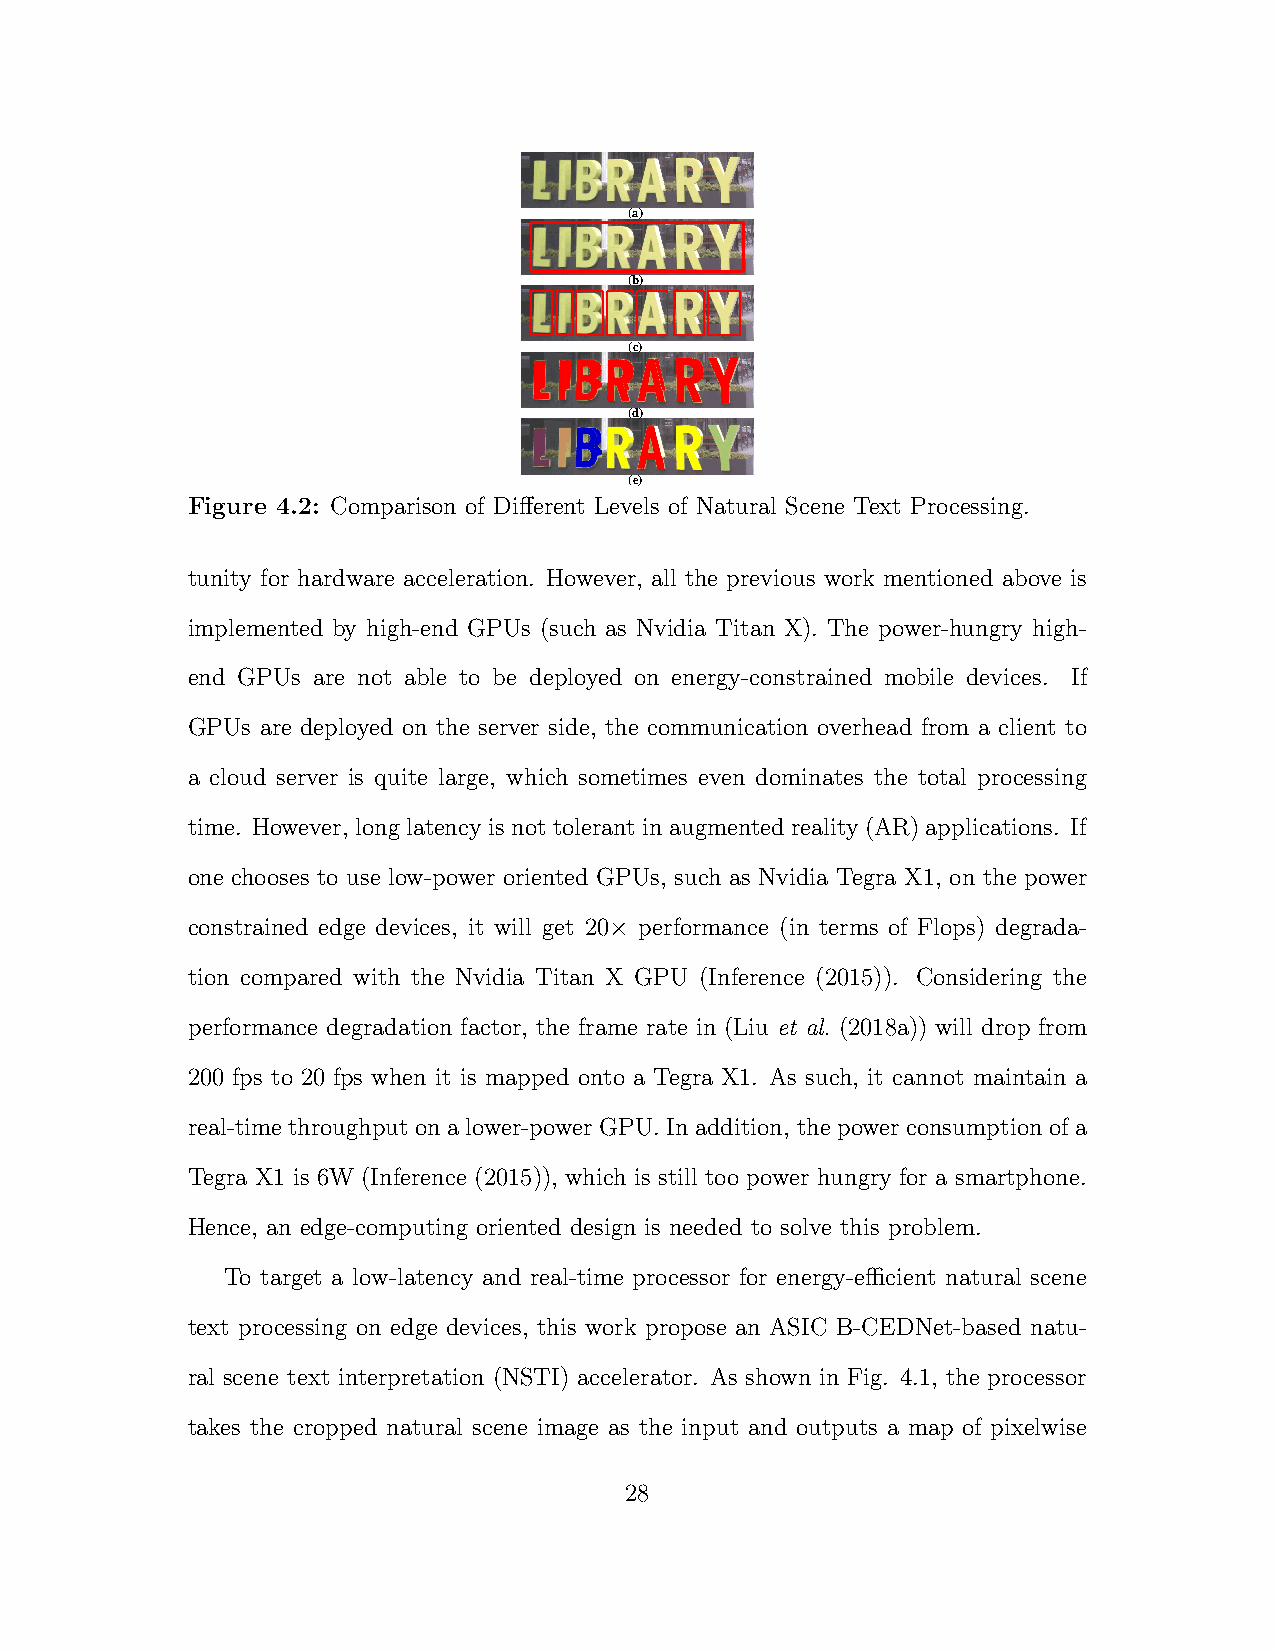
(a)
 (b)
 (c)
 (d)
 (e)
 Figure 4.2: Comparison of Different Levels of Natural Scene Text Processing.
 tunity for hardware acceleration. However, all the previous work mentioned above is
 implemented by high-end GPUs (such as Nvidia Titan X). The power-hungry high-
 end GPUs are not able to be deployed on energy-constrained mobile devices. If
 GPUs are deployed on the server side, the communication overhead from a client to
 a cloud server is quite large, which sometimes even dominates the total processing
 time. However, long latency isnottolerantinaugmentedreality(AR)applications. If
 one chooses to use low-power oriented GPUs, such as Nvidia Tegra X1, on the power
 constrained edge devices, it will get 20× performance (in terms of Flops) degrada-
 tion compared with the Nvidia Titan X GPU (Inference (2015)). Considering the
 performance degradation factor, the frame rate in (Liu et al. (2018a)) will drop from
 200 fps to 20 fps when it is mapped onto a Tegra X1. As such, it cannot maintain a
 real-time throughput on a lower-power GPU. In addition, the power consumption of a
 Tegra X1 is 6W (Inference (2015)), which is still too power hungry for a smartphone.
 Hence, an edge-computing oriented design is needed to solve this problem.
 To target a low-latency and real-time processor for energy-efficient natural scene
 text processing on edge devices, this work propose an ASIC B-CEDNet-based natu-
 ral scene text interpretation (NSTI) accelerator. As shown in Fig. 4.1, the processor
 takes the cropped natural scene image as the input and outputs a map of pixelwise
 28